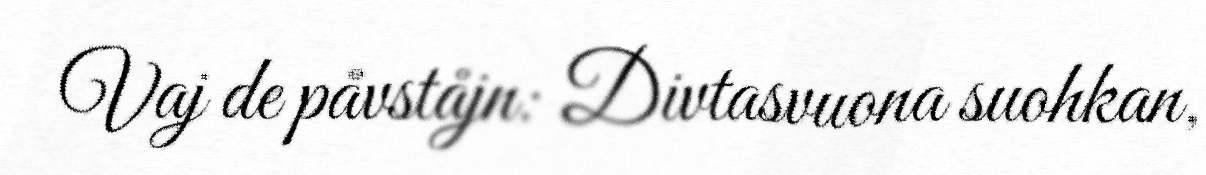
Vaj de påvståjn: Divtasvuona suohkan,